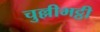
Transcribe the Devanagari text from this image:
चुल्लीभट्ठी